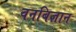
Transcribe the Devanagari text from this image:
वनबिज्ञान